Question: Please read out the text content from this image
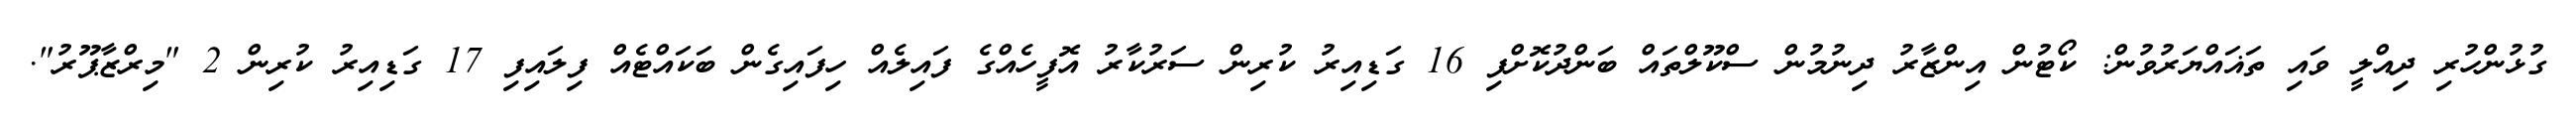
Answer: ގުޅުންހުރި ދިއްލީ ވައި ތަޣައްޔަރުވުން: ކޯޓުން އިންޒާރު ދިނުމުން ސްކޫލްތައް ބަންދުކޮށްފި 16 ގަޑިއިރު ކުރިން ސަރުކާރު އޮފީހެއްގެ ފައިލެއް ހިފައިގެން ބަކައްޓެއް ފިލައިފި 17 ގަޑިއިރު ކުރިން 2 "މިރްޒާޕޫރު".